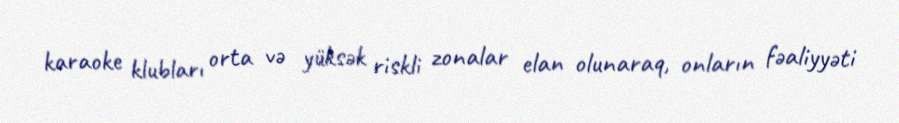
karaoke klubları orta və yüksək riskli zonalar elan olunaraq, onların fəaliyyəti